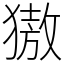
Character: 獓